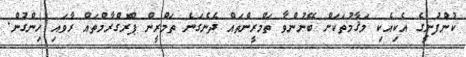
ކުންފުނީގެ އެކިއެކި މަޤާމުތަކަށް ބޭނުންވާ ތަމްރީންތައް ދެނެގަނެ ތަމްރީން ޕްރޮގްރާމްތައް ރާވައި ހިންގުން.